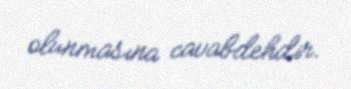
olunmasına cavabdehdir.